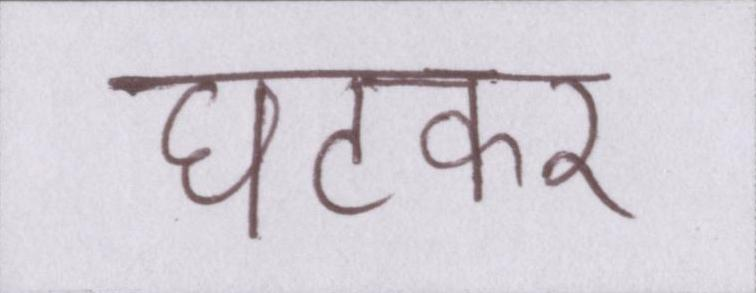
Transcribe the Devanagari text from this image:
घटकर